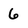
Character: 6